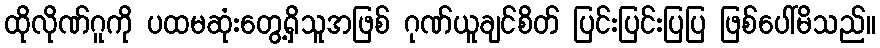
ထိုလိုဏ်ဂူကို ပထမဆုံးတွေ့ရှိသူအဖြစ် ဂုဏ်ယူချင်စိတ် ပြင်းပြင်းပြပြ ဖြစ်ပေါ်မိသည်။